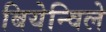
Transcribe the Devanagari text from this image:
बियेन्विले